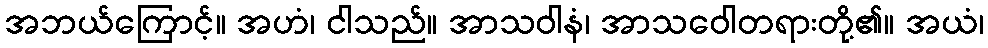
အဘယ်ကြောင့်။ အဟံ၊ ငါသည်။ အာသဝါနံ၊ အာသဝေါတရားတို့၏။ အယံ၊